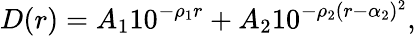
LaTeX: D(r)=A_{1}10^{-\rho_{1}r}+A_{2}10^{-\rho_{2}(r-\alpha_{2})^{2}},